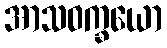
အာသဝက္ခယော